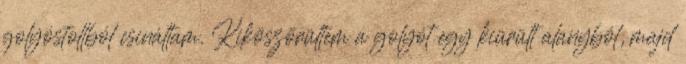
golyóstollból csináltam. Kiköszörültem a golyót egy kiürült alanyból, majd